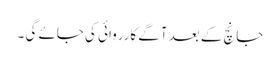
جانچ کے بعد آگے کارروائی کی جائے گی ۔